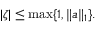
| \zeta | \leq \operatorname* { m a x } \{ 1 , \| a \| _ { 1 } \} .